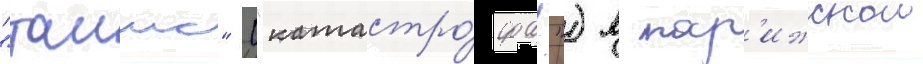
"таимс" ("катастро́фа!") в пар'ижскои